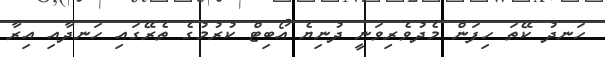
ހަނދު ކޭތަ ހިފަން މެދުވެރިވަނީ ދުނިޔެ އޯބިޓް ކުރުމުގެ ތެރޭގައި ހަނދާއި އިރާ